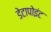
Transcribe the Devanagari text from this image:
डेटापोइंट